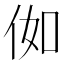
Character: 侞